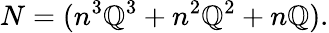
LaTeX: N=(n^{3}\mathbb{Q}^{3}+n^{2}\mathbb{Q}^{2}+n\mathbb{Q}).